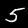
Digit: 5